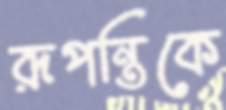
রূপন্তিকে